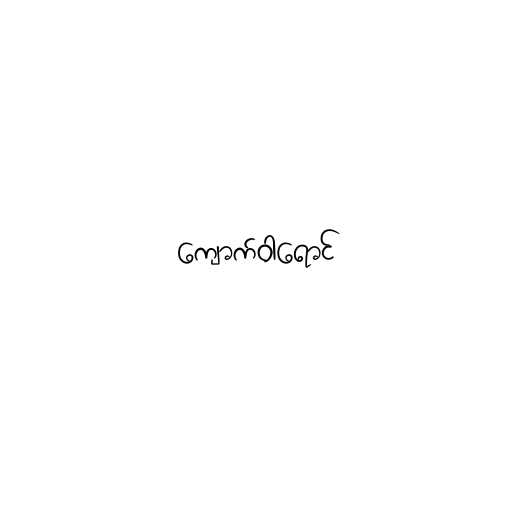
ကျောက်ဝါရောင်